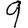
Digit: 9